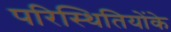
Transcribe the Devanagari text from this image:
परिस्थितियोंके